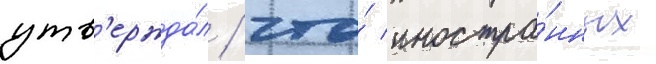
утв'ержда́л / что́ иностра́нных